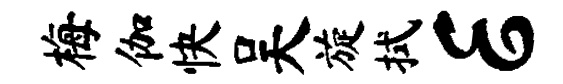
梅伽快吴旋拭E